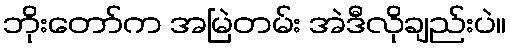
ဘိုးတော်က အမြဲတမ်း အဲဒီလိုချည်းပဲ။